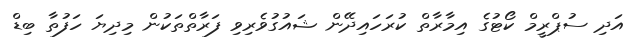
އަދި ސުޕްރީމް ކޯޓުގެ އިމާރާތް ކުރަހައިދޭން ޝައުގުވެރިވި ފަރާތްތަކުން މިދިޔަ ހަފުތާ ބިޑް